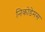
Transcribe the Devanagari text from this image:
निकोडेमस